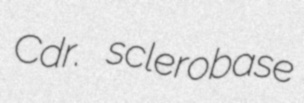
Cdr. sclerobase